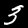
Label: 3